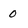
Character: 0